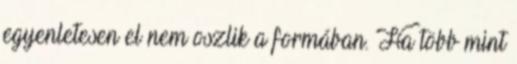
egyenletesen el nem oszlik a formában. Ha több mint